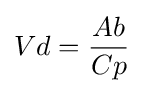
Vd={\frac {Ab}{Cp}}